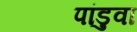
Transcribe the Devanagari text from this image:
पांडुवा